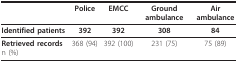
<table><thead><tr><td></td><td><b>Police</b></td><td><b>EMCC</b></td><td><b>Ground ambulance</b></td><td><b>Air ambulance</b></td></tr></thead><tbody><tr><td><b>Identified patients</b></td><td><b>392</b></td><td><b>392</b></td><td><b>308</b></td><td><b>84</b></td></tr><tr><td><b>Retrieved records</b>n (%)</td><td>368 (94)</td><td>392 (100)</td><td>231 (75)</td><td>75 (89)</td></tr></tbody></table>